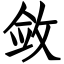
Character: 敛